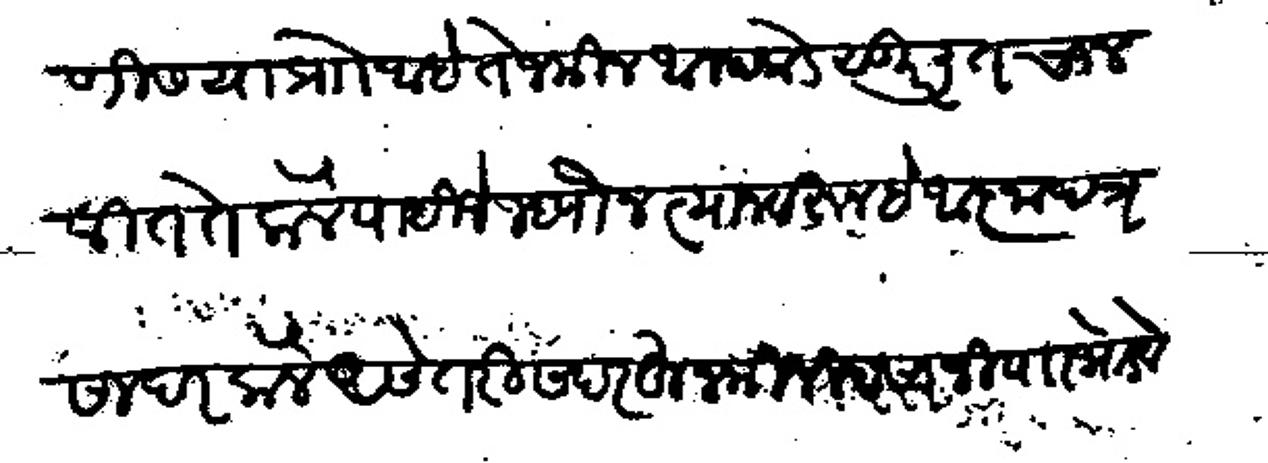
Transliteration (Devanagari): येकोणीस या प्रो आहे ते जमीन आम्हाकडे सुरलीत चालवीत ते केले पाहिजे म्हणोन त्याजवरुन हे आज्ञापत्र सादर केले असे तरी सदरहु जमीन म्हसाजी पाा भोडवे